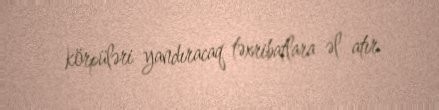
körpüləri yandıracaq təxribatlara əl atır.